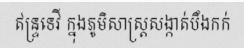
ឥន្ទ្រទេវី ក្នុងភូមិសាស្ត្រសង្កាត់បឹងកក់